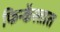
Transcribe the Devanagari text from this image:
फिन्केंस्तात